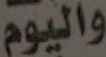
واليوم